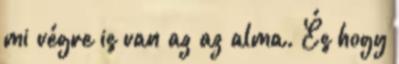
mi végre is van az az alma. És hogy